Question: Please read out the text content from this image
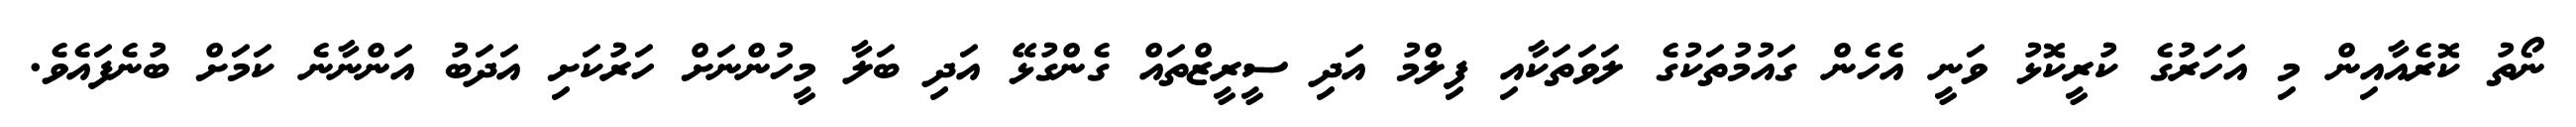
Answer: ނޯތު ކޮރެއާއިން މި އަހަރުގެ ކުރީކޮޅު ވަނީ އެހެން ގައުމުތަކުގެ ލަވަތަކާއި ފިލްމު އަދި ސީރީޒްތައް ގެންގުޅޭ އަދި ބަލާ މީހުންނަށް ހަރުކަށި އަދަބު އަންނާނެ ކަމަށް ބުނެފައެވެ.